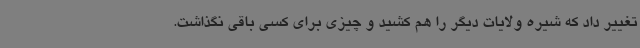
تغییر داد که شیره ولایات دیگر را هم کشید و چیزی برای کسی باقی نگذاشت.